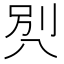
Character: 𰃡